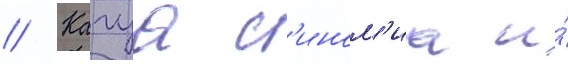
// Кагуа с'ином'иа и́